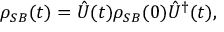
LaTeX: \rho _ { S B } ( t ) = { \hat { U } } ( t ) \rho _ { S B } ( 0 ) { \hat { U } } ^ { \dagger } ( t ) ,